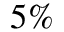
5 \%